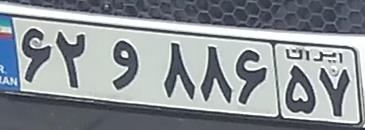
۶۲و۸۸۶۵۷